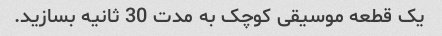
یک قطعه موسیقی کوچک به مدت 30 ثانیه بسازید.